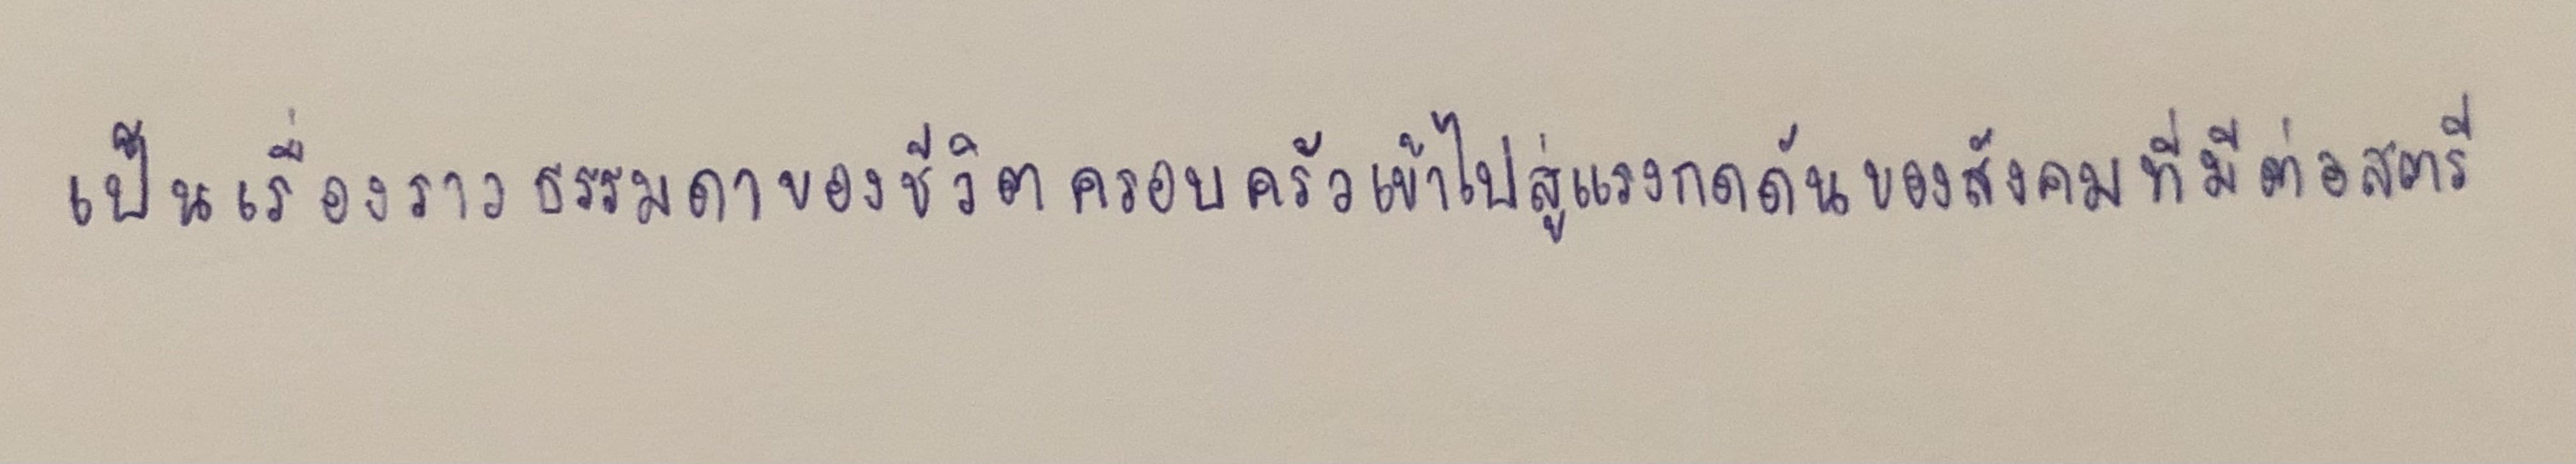
เป็นเรื่องราวธรรมดาของชีวิตครอบครัวเข้าไปสู่แรงกดดันของสังคมที่มีต่อสตรี